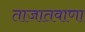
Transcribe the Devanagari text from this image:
ताजातवाणा